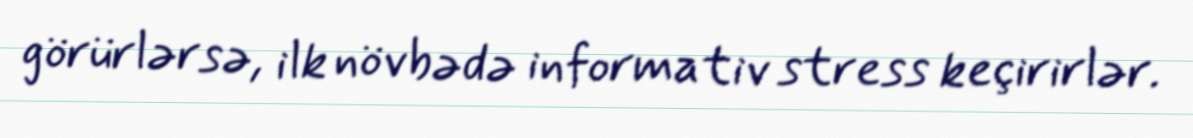
görürlərsə, ilk növbədə informativ stress keçirirlər.